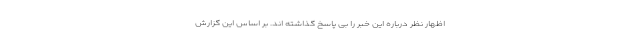
اظهار نظر درباره این خبر را بی پاسخ گذاشته اند. بر اساس این گزارش